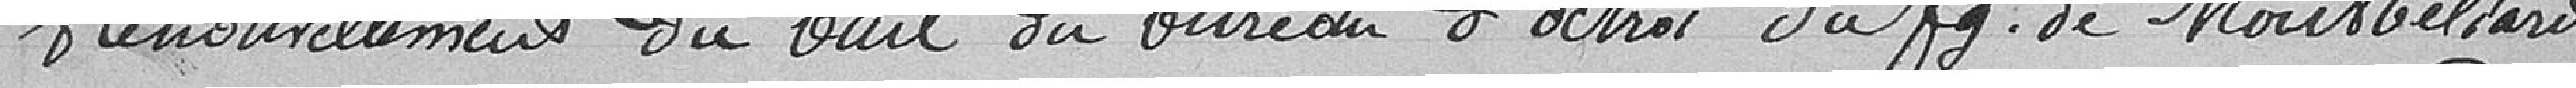
Renouvellement du bail du bureau d'octroi du faubourg de Montbéliard